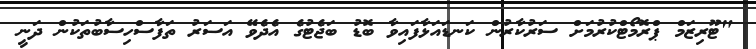
"ޓޫރިޒަމް ޕްރޮމޯޓްކުރުމަށް ސަރުކާރުން ކަނޑައަޅާފައިވާ ބޮޑު ބަޖެޓުގެ އެދެވޭ އަސަރު ތަފާސްހިސާބުތަކުން ދަނީ